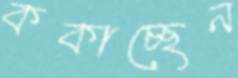
ককাচ্ছেন